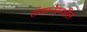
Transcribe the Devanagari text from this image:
संगमनेरमधील